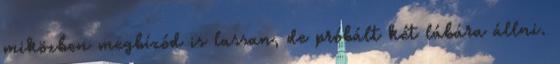
miközben megbízód is lassan, de próbált két lábára állni.